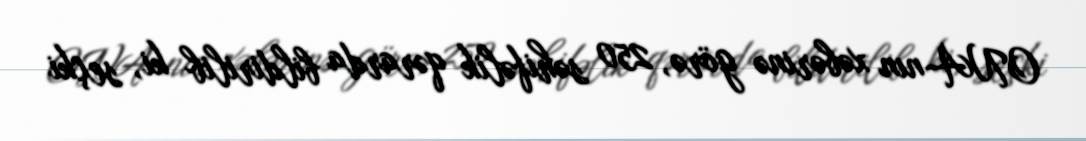
ONA-nın xəbərinə görə, 250 səhifəlik qərarda bildirilib ki, seçki